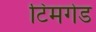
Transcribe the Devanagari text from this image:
टिमगेड